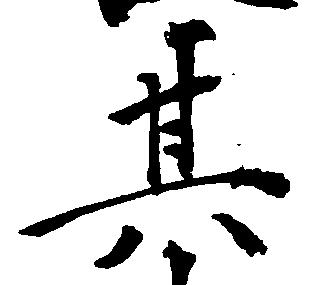
其